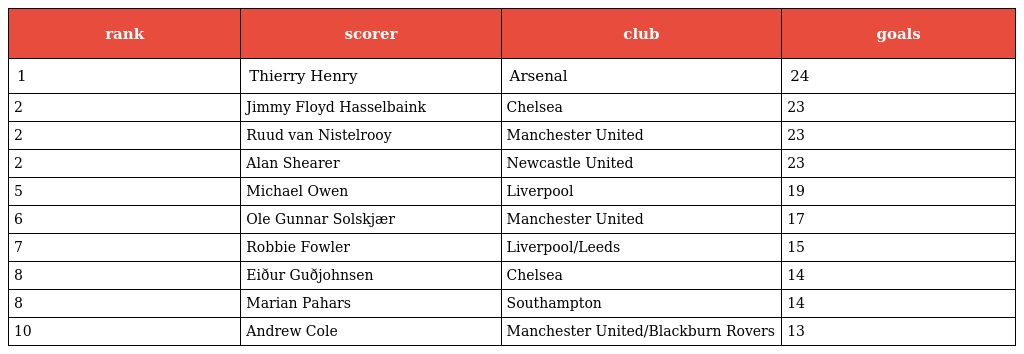
| rank | scorer | club | goals |
 | --- | --- | --- | --- |
 | 1 | Thierry Henry | Arsenal | 24 |
 | 2 | Jimmy Floyd Hasselbaink | Chelsea | 23 |
 | 2 | Ruud van Nistelrooy | Manchester United | 23 |
 | 2 | Alan Shearer | Newcastle United | 23 |
 | 5 | Michael Owen | Liverpool | 19 |
 | 6 | Ole Gunnar Solskjær | Manchester United | 17 |
 | 7 | Robbie Fowler | Liverpool/Leeds | 15 |
 | 8 | Eiður Guðjohnsen | Chelsea | 14 |
 | 8 | Marian Pahars | Southampton | 14 |
 | 10 | Andrew Cole | Manchester United/Blackburn Rovers | 13 |